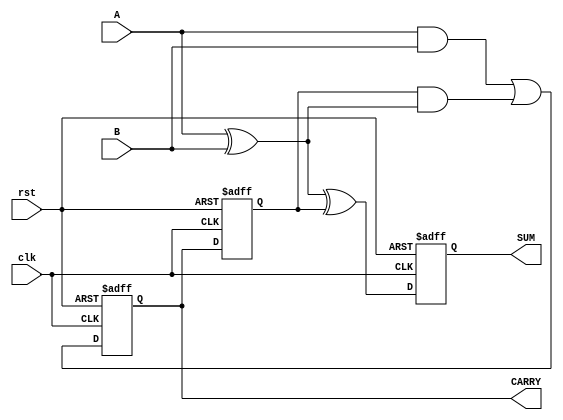
module Sequential_Half_Adder (
    input wire clk,           // Clock input
    input wire rst,           // Reset input
    input wire A,            // Input bit A
    input wire B,            // Input bit B
    output reg SUM,          // Output sum
    output reg CARRY         // Output carry
);

// Internal state storage
reg prev_CARRY;

always @(posedge clk or posedge rst) begin
    if (rst) begin
        // Reset state
        SUM <= 1'b0;
        CARRY <= 1'b0;
        prev_CARRY <= 1'b0;
    end else begin
        // Combinational logic to compute outputs
        SUM <= A ^ B ^ prev_CARRY;      // SUM: A XOR B XOR Previous_CARRY
        CARRY <= (A & B) | (prev_CARRY & (A ^ B)); // CARRY: (A AND B) OR (Previous_CARRY AND (A XOR B))

        // Update previous carry
        prev_CARRY <= CARRY;
    end
end

endmodule